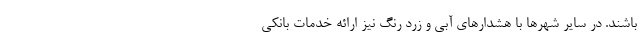
باشند. در سایر شهرها با هشدارهای آبی و زرد رنگ نیز ارائه خدمات بانکی